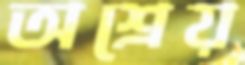
অশ্রেয়